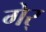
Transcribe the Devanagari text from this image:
गेर्